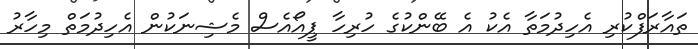
ތައާރަފްކުރި އެހިދުމަތާ އެކު އެ ބޭންކުގެ ހުރިހާ ޕީއޯއެސް މެޝިނަކުން އެހިދުމަތް މިހާރު